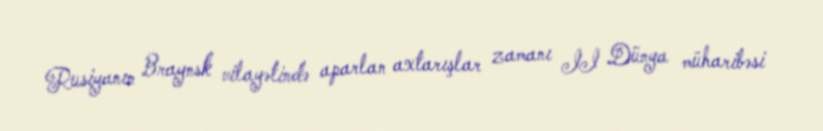
Rusiyanın Braynsk vilayətində aparlan axtarışlar zamanı II Dünya müharibəsi